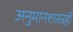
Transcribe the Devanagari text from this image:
अनुमानशास्त्रही